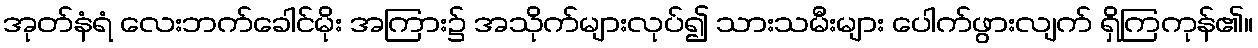
အုတ်နံရံ လေးဘက်ခေါင်မိုး အကြား၌ အသိုက်များလုပ်၍ သားသမီးများ ပေါက်ဖွားလျက် ရှိကြကုန်၏။